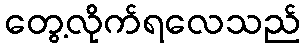
တွေ့လိုက်ရလေသည်